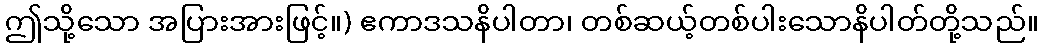
ဤသို့သော အပြားအားဖြင့်။) ဧကာဒသနိပါတာ၊ တစ်ဆယ့်တစ်ပါးသောနိပါတ်တို့သည်။